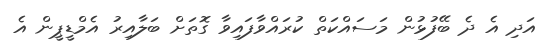
އަދި އެ ދެ ބޭފުޅުން މަސައްކަތް ކުރައްވާފައިވާ ގޮތަށް ބަލާއިރު އެމްޑީޕީން އެ